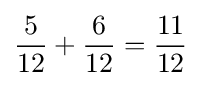
{\frac {5}{12}}+{\frac {6}{12}}={\frac {11}{12}}